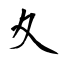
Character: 夊